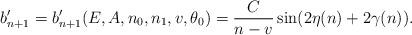
LaTeX: \begin{align*} b'_{n+1}=b'_{n+1}(E,A,n_0,n_1,v,\theta_0)=\frac{C}{n-v}\sin(2\eta(n)+2\gamma(n)).\end{align*}